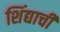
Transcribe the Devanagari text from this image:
शिंद्याची